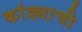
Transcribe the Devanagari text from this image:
कांड्याची